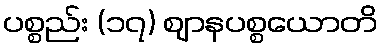
ပစ္စည်း (၁၇) ဈာနပစ္စယောတိ